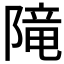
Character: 𨻫